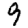
Digit: 9